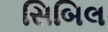
સિબિલ